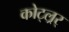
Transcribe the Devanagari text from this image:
कोट्ल्रर्